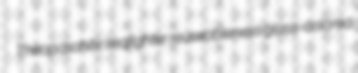
Theopaschite seafighter reuseableness glass-colored